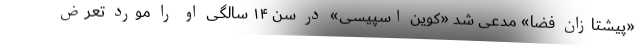
«پیشتازان فضا» مدعی شد «کوین اسپیسی» در سن ۱۴ سالگی او را مورد تعرض